Report of veterinary surgeon J.H. Steel, A.V.D., on his investigation into an obscure and fatal disease among transport mules in British Burma
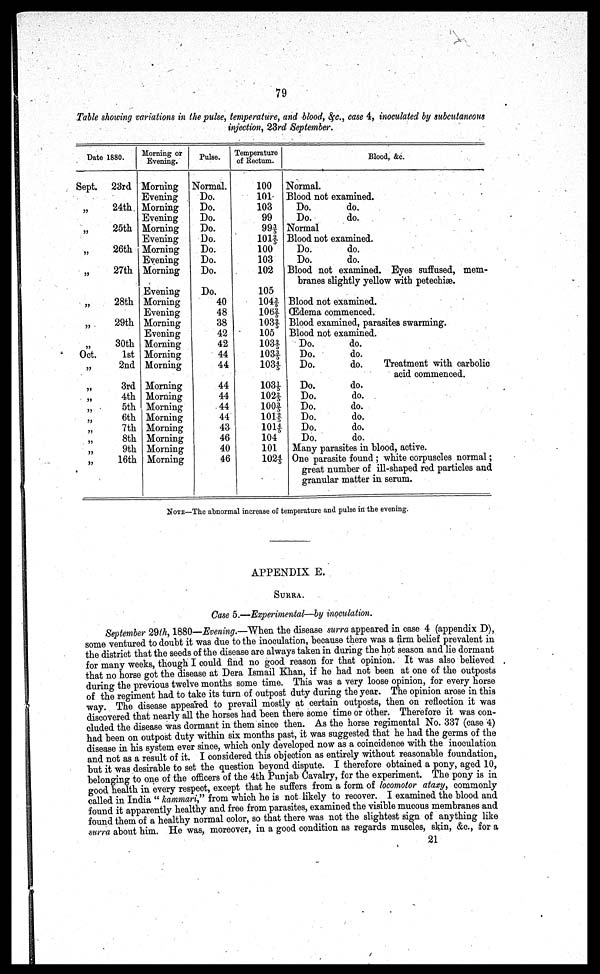
79
Table showing variations in the puke, temperature, and blood, &c., case 4, inoculated by subcutaneous
injection, 23rd September.
Date 1880.
Sept.
"
"
„
"
"
„
"
Oct.
"
"
"
"
"
"
"
"
"
23rd
24th
25th
26th
27th
28th
29th
30th
1st
2nd
3rd
4th
5th
6th
7th
8th
9th
16th
Morning or
Evening.
Morning
Evening
Morning
Evening
Morning
Evening
Morning
Evening
Morning
Evening
Morning
Evening
Morning
Evening
Morning
Morning
Morning
Morning
Morning
Morning
Morning
Morning
Morning
Morning
Morning
Pulse.
Normal.
Do.
Do.
Do.
Do.
Do.
Do.
Do.
Do.
Do.
40
48
38
42
42
44
44
44
44
44
44
43
46
40
46
Temperature
of Rectum.
100
101
103
99
99 3/5
101 2/5
100
103
102
105
104 3/5
106 2/5
103 2/5
105
108 2/5
103 3/5
103 4/5
103 1/5
102 2/5
100 3/5
101 2/5
101 4/5
104
101
102 4/5
Blood, &c.
Normal.
Blood not examined.
Do.
do.
Do.
do.
Normal
Blood not examined.
Do.
do.
Do.
do.
Blood not examined. Eyes suffused, mem-
branes slightly yellow with petechise.
Blood not examined.
Œdema commenced.
Blood examined, parasites swarming.
Blood not examined.
Do.
do.
Do.
do.
Do. do. Treatment with carbolic
acid commenced.
Do.
do.
Do.
do.
Do.
do.
Do.
do.
Do.
do.
Do.
do.
Many parasites in blood, active.
One parasite found ; white corpuscles normal;
great number of ill-shaped red particles and
granular matter in serum.
NOTE—The abnormal increase of tempe
rature and pulse in the evening.
APPENDIX E.
SURRA.
Case 5.—Experimental—by inoculation.
September 29th, 1880—Evening.—When the disease surra appeared in case 4 (appendix D),
some ventured to doubt it was due to the inoculation, because there was a firm belief prevalent in
the district that the seeds of the disease are always taken in during the hot season and lie dormant
for many weeks, though I could find no good reason for that opinion. It was also believed
that no horse got the disease at Dera Ismail Khan, if he had not been at one of the outposts
during the previous twelve months some time. This was a very loose opinion, for every horse
of the regiment had to take its turn of outpost duty during the year. The opinion arose in this
way The disease appeared to prevail mostly at certain outposts, then on reflection it was
discovered that nearly all the horses had been there some time or other. Therefore it was con-
cluded the disease was dormant in them since then. As the horse regimental No. 337 (case 4)
had been on outpost duty within six months past, it was suggested that he had the germs of the
disease in his system ever since, which only developed now as a coincidence with the inoculation
and not as a result of it. I considered this objection as entirely without reasonable foundation,
but it was desirable to set the question beyond dispute. I therefore obtained a pony, aged 10,
belonging to one of the officers of the 4th Punjab Cavalry, for the experiment. The pony is in
good health in every respect, except that he suffers from a form of locomotor ataxy, commonly
called in India " kammari," from which he is not likely to recover. I examined the blood and
found it apparently healthy and free from parasites, examined the visible mucous membranes and
found them of a healthy normal color, so that there was not the slightest sign of anything like
surra about him. He was, moreover, in a good condition as regards muscles, skin, &c., for a
21